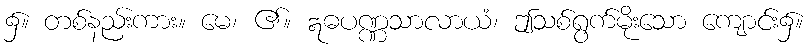
၌။ တစ်နည်းကား။ မေ၊ ၏။ ဣဓပဏ္ဏသာလာယံ၊ ဤသစ်ရွက်မိုးသော ကျောင်း၌။